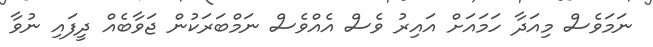
ނަމަވެސް މިއަދާ ހަމައަށް އައިރު ވެސް އެއްވެސް ނަމްބަރަކުން ޖަވާބެއް ދީފައި ނުވާ